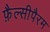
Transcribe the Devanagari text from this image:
फ़ैल्सीपैरम